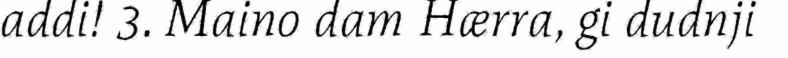
addi! 3. Maino dam Hærra, gi dudnji